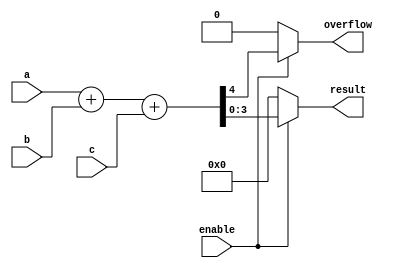
module combinational_logic (
    input wire [3:0] a,        // 4-bit input signal a
    input wire [3:0] b,        // 4-bit input signal b
    input wire [3:0] c,        // 4-bit input signal c
    input wire enable,         // Control signal
    output reg [3:0] result,   // 4-bit output signal result
    output reg overflow        // Overflow flag
);

always @(*) begin
    // Default values
    result = 4'b0000;
    overflow = 1'b0;

    if (enable) begin
        // Example combinational logic: addition of a, b, and c
        {overflow, result} = a + b + c; // Concatenate overflow bit with result
    end else begin
        result = 4'b0000; // If not enabled, output zero
    end
end

endmodule